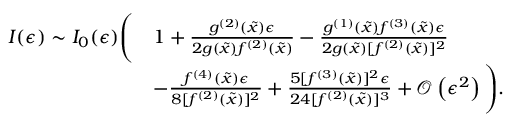
\begin{array} { r l } { I ( \epsilon ) \sim I _ { 0 } ( \epsilon ) \Bigg ( } & { 1 + \frac { g ^ { ( 2 ) } ( \tilde { x } ) \epsilon } { 2 g ( \tilde { x } ) f ^ { ( 2 ) } ( \tilde { x } ) } - \frac { g ^ { ( 1 ) } ( \tilde { x } ) f ^ { ( 3 ) } ( \tilde { x } ) \epsilon } { 2 g ( \tilde { x } ) [ f ^ { ( 2 ) } ( \tilde { x } ) ] ^ { 2 } } } \\ & { - \frac { f ^ { ( 4 ) } ( \tilde { x } ) \epsilon } { 8 [ f ^ { ( 2 ) } ( \tilde { x } ) ] ^ { 2 } } + \frac { 5 [ f ^ { ( 3 ) } ( \tilde { x } ) ] ^ { 2 } \epsilon } { 2 4 [ f ^ { ( 2 ) } ( \tilde { x } ) ] ^ { 3 } } + \mathcal { O } \left( \epsilon ^ { 2 } \right) \Bigg ) . } \end{array}